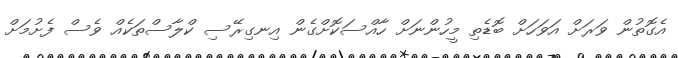
އެގޮތުން ވަރަށް އަވަހަށް ބޮޑެތި މީހުންނަށް ހާއްސަކޮށްގެން އިނގިރޭސި ކްލާސްތަކެއް ވެސް ފެށުމަށް